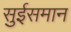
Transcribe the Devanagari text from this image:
सुईसमान